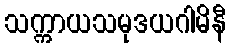
သက္ကာယသမုဒယဂါမိနီ